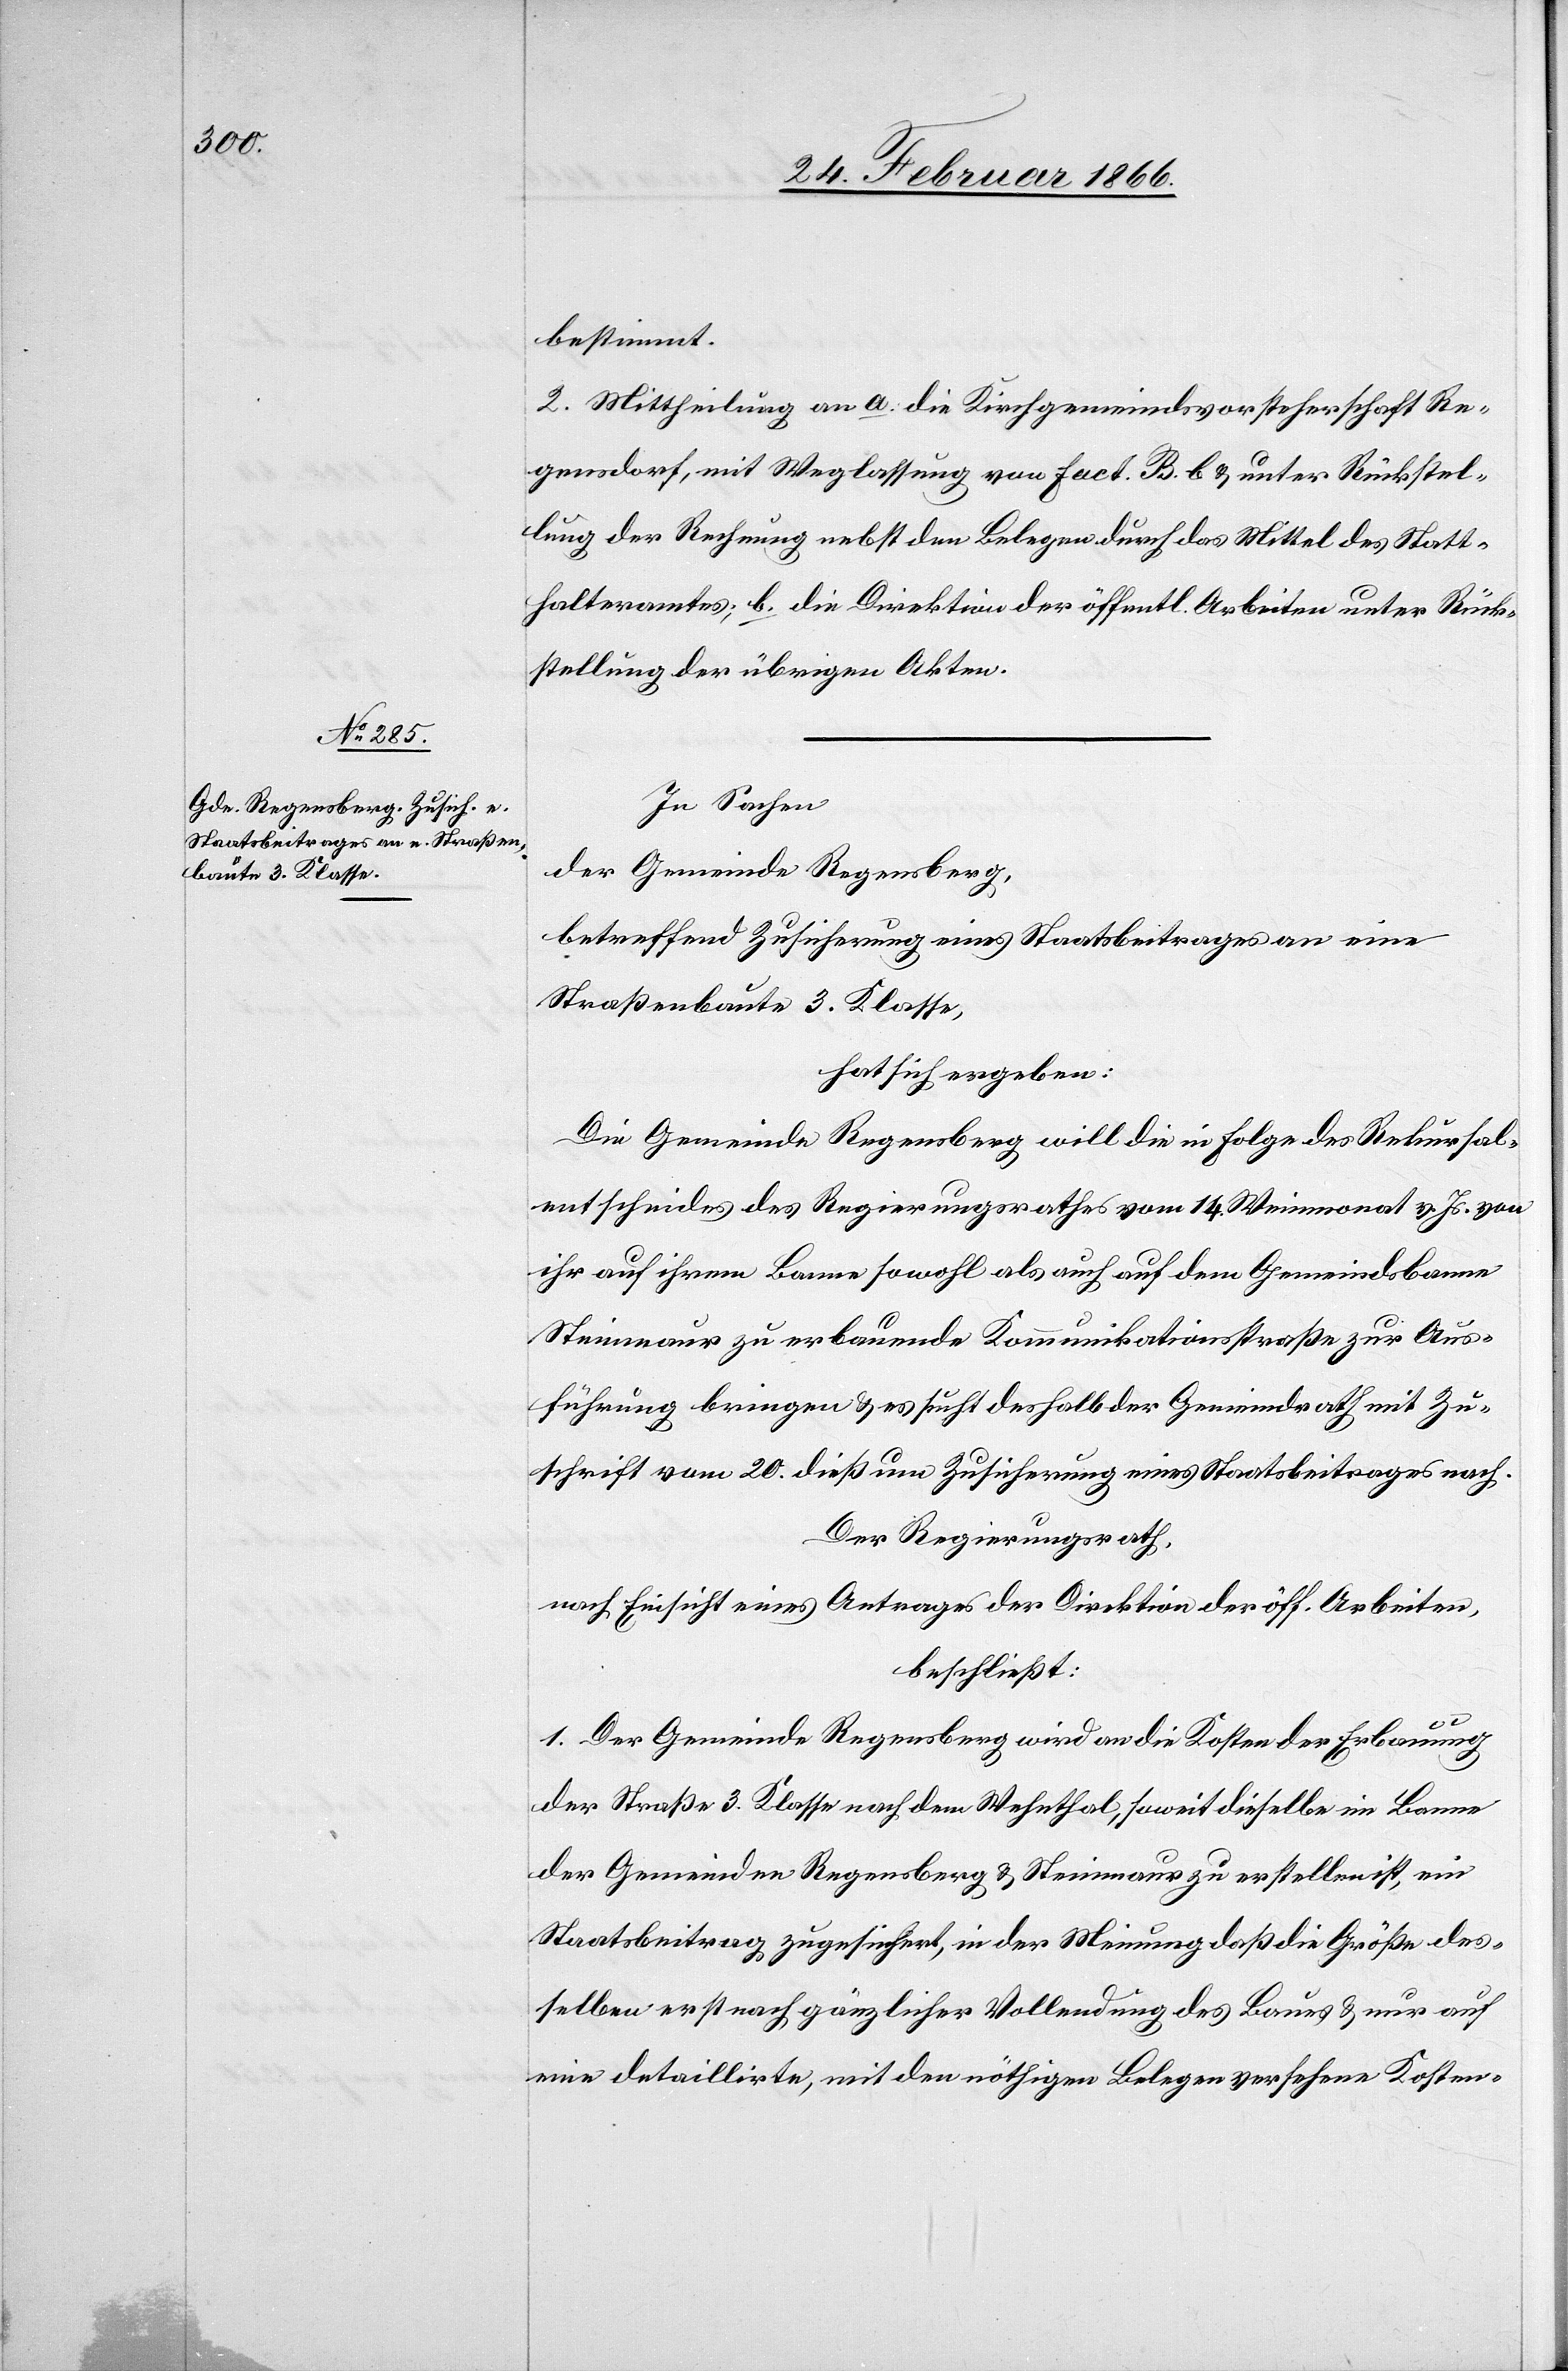
bestimmt.
2. Mittheilung an a. die Kirchgemeindevorsteherschaft Re¬
gensdorf, mit Weglassung von Fact. B. b u. unter Rückstel¬
lung der Rechnung nebst den Belegen durch das Mittel des Statt¬
halteramtes; b. die Direktion der öffentl. Arbeiten unter Rück¬
stellung der übrigen Akten.
In Sachen
der Gemeinde Regensberg,
betreffend Zusicherung eines Staatsbeitrages an eine
Straßenbaute 3. Klasse,
hat sich ergeben:
Die Gemeinde Regensberg will die in Folge des Rekursal¬
entscheides des Regierungsrathes vom 14. Weinmonat v. Js. von
ihr auf ihrem Banne sowohl als auch auf dem Gemeindsbanne
Steinmaur zu erbauende Kommunikationsstraße zur Aus¬
führung bringen u. es sucht deshalb der Gemeindrath mit Zu¬
schrift vom 20. dieß um Zusicherung eines Staatsbeitrages nach.
Der Regierungsrath,
nach Einsicht eines Antrages der Direktion der öff. Arbeiten,
beschließt:
1. Der Gemeinde Regensberg wird an die Kosten der Erbauung
der Straße 3. Klasse nach dem Wehntal, soweit dieselbe im Banne
der Gemeinden Regensberg u. Steinmaur zu erstellen ist, ein
Staatsbeitrag zugesichert, in der Meinung daß die Größe des¬
selben erst nach gänzlicher Vollendung des Baues u. nur auf
eine detaillirte, mit den nöthigen Belegen versehene Kosten-